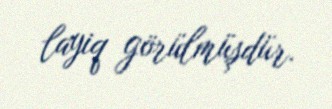
layiq görülmüşdür.